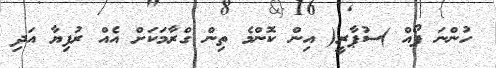
ހުންނަ ފޯއް )ސުޕާރީ( އިން ކޮންމެ ތިން ގްރާމަކަށް އެއް ރުފިޔާ އަދި